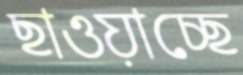
ছাওয়াচ্ছে